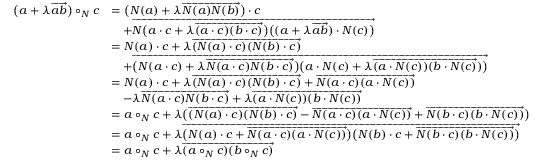
\begin{array} { r l } { \bigl ( a + \lambda \overrightarrow { a b } \bigr ) \circ _ { N } c } & { = \bigl ( N ( a ) + \lambda \overrightarrow { N ( a ) N ( b ) } \bigr ) \cdot c } \\ & { \quad + \overrightarrow { N \big ( a \cdot c + \lambda \overrightarrow { ( a \cdot c ) ( b \cdot c ) } \big ) \big ( ( a + \lambda \overrightarrow { a b } ) \cdot N ( c ) \big ) } } \\ & { = N ( a ) \cdot c + \lambda \overrightarrow { ( N ( a ) \cdot c ) ( N ( b ) \cdot c ) } } \\ & { \quad + \overrightarrow { \big ( N ( a \cdot c ) + \lambda \overrightarrow { N ( a \cdot c ) N ( b \cdot c ) } \big ) \big ( a \cdot N ( c ) + \lambda \overrightarrow { ( a \cdot N ( c ) ) ( b \cdot N ( c ) } ) \big ) } } \\ & { = N ( a ) \cdot c + \lambda \overrightarrow { ( N ( a ) \cdot c ) ( N ( b ) \cdot c ) } + \overrightarrow { N ( a \cdot c ) ( a \cdot N ( c ) ) } } \\ & { \quad - \lambda \overrightarrow { N ( a \cdot c ) N ( b \cdot c ) } + \lambda \overrightarrow { ( a \cdot N ( c ) ) ( b \cdot N ( c ) ) } } \\ & { = a \circ _ { N } c + \lambda \big ( \overrightarrow { ( N ( a ) \cdot c ) ( N ( b ) \cdot c ) } - \overrightarrow { N ( a \cdot c ) ( a \cdot N ( c ) ) } + \overrightarrow { N ( b \cdot c ) ( b \cdot N ( c ) ) } \big ) } \\ & { = a \circ _ { N } c + \lambda \overrightarrow { \big ( N ( a ) \cdot c + \overrightarrow { N ( a \cdot c ) ( a \cdot N ( c ) ) } \big ) \big ( N ( b ) \cdot c + \overrightarrow { N ( b \cdot c ) ( b \cdot N ( c ) ) } \big ) } } \\ & { = a \circ _ { N } c + \lambda \overrightarrow { ( a \circ _ { N } c ) ( b \circ _ { N } c ) } } \end{array}